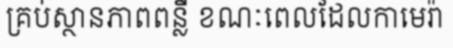
គ្រប់ស្ថានភាពពន្លឺ ខណៈពេលដែលកាមេរ៉ា